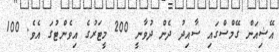
އޭޝިއަން ގޭމްސްގައި ސާއިދު ދެން ދުވާނީ 200 މީޓަރުގެ އިވެންޓުގަ އެވެ. 100